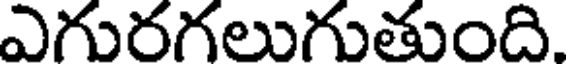
ఎగురగలుగుతుంది.